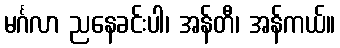
မင်္ဂလာ ညနေခင်းပါ၊ အန်တီ၊ အန်ကယ်။